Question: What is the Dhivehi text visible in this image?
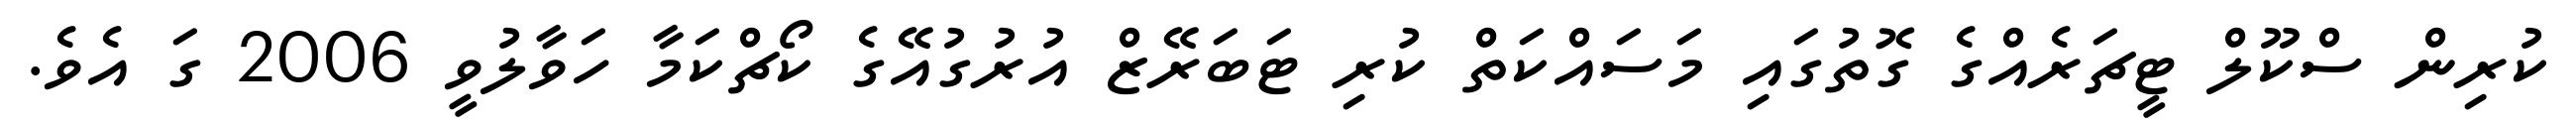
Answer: ކުރިން ސްކޫލް ޓީޗަރެއްގެ ގޮތުގައި މަސައްކަތް ކުރި ޓަބަރޭޒް އުރުގުއޭގެ ކޯޗްކަމާ ހަވާލުވީ 2006 ގަ އެވެ.